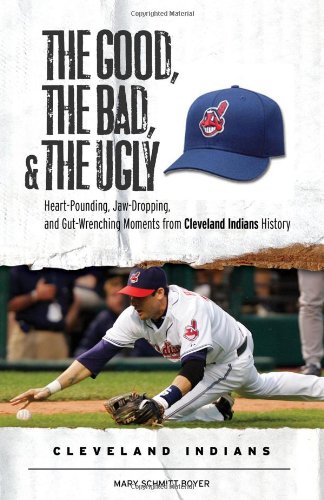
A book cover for The Good, the Bad, & the Ugly: Cleveland Indians: Heart-Pounding, Jaw-Dropping, and Gut-Wrenching Moments from Cleveland Indians History; Mary Schmitt Boyer; Travel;